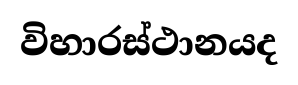
විහාරස්ථානයද